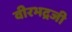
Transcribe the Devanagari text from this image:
वीरभद्रजी